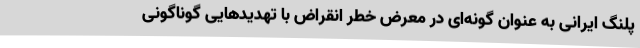
پلنگ ایرانی به عنوان گونه‌ای در معرض خطر انقراض با تهدیدهایی گوناگونی